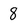
Character: 8